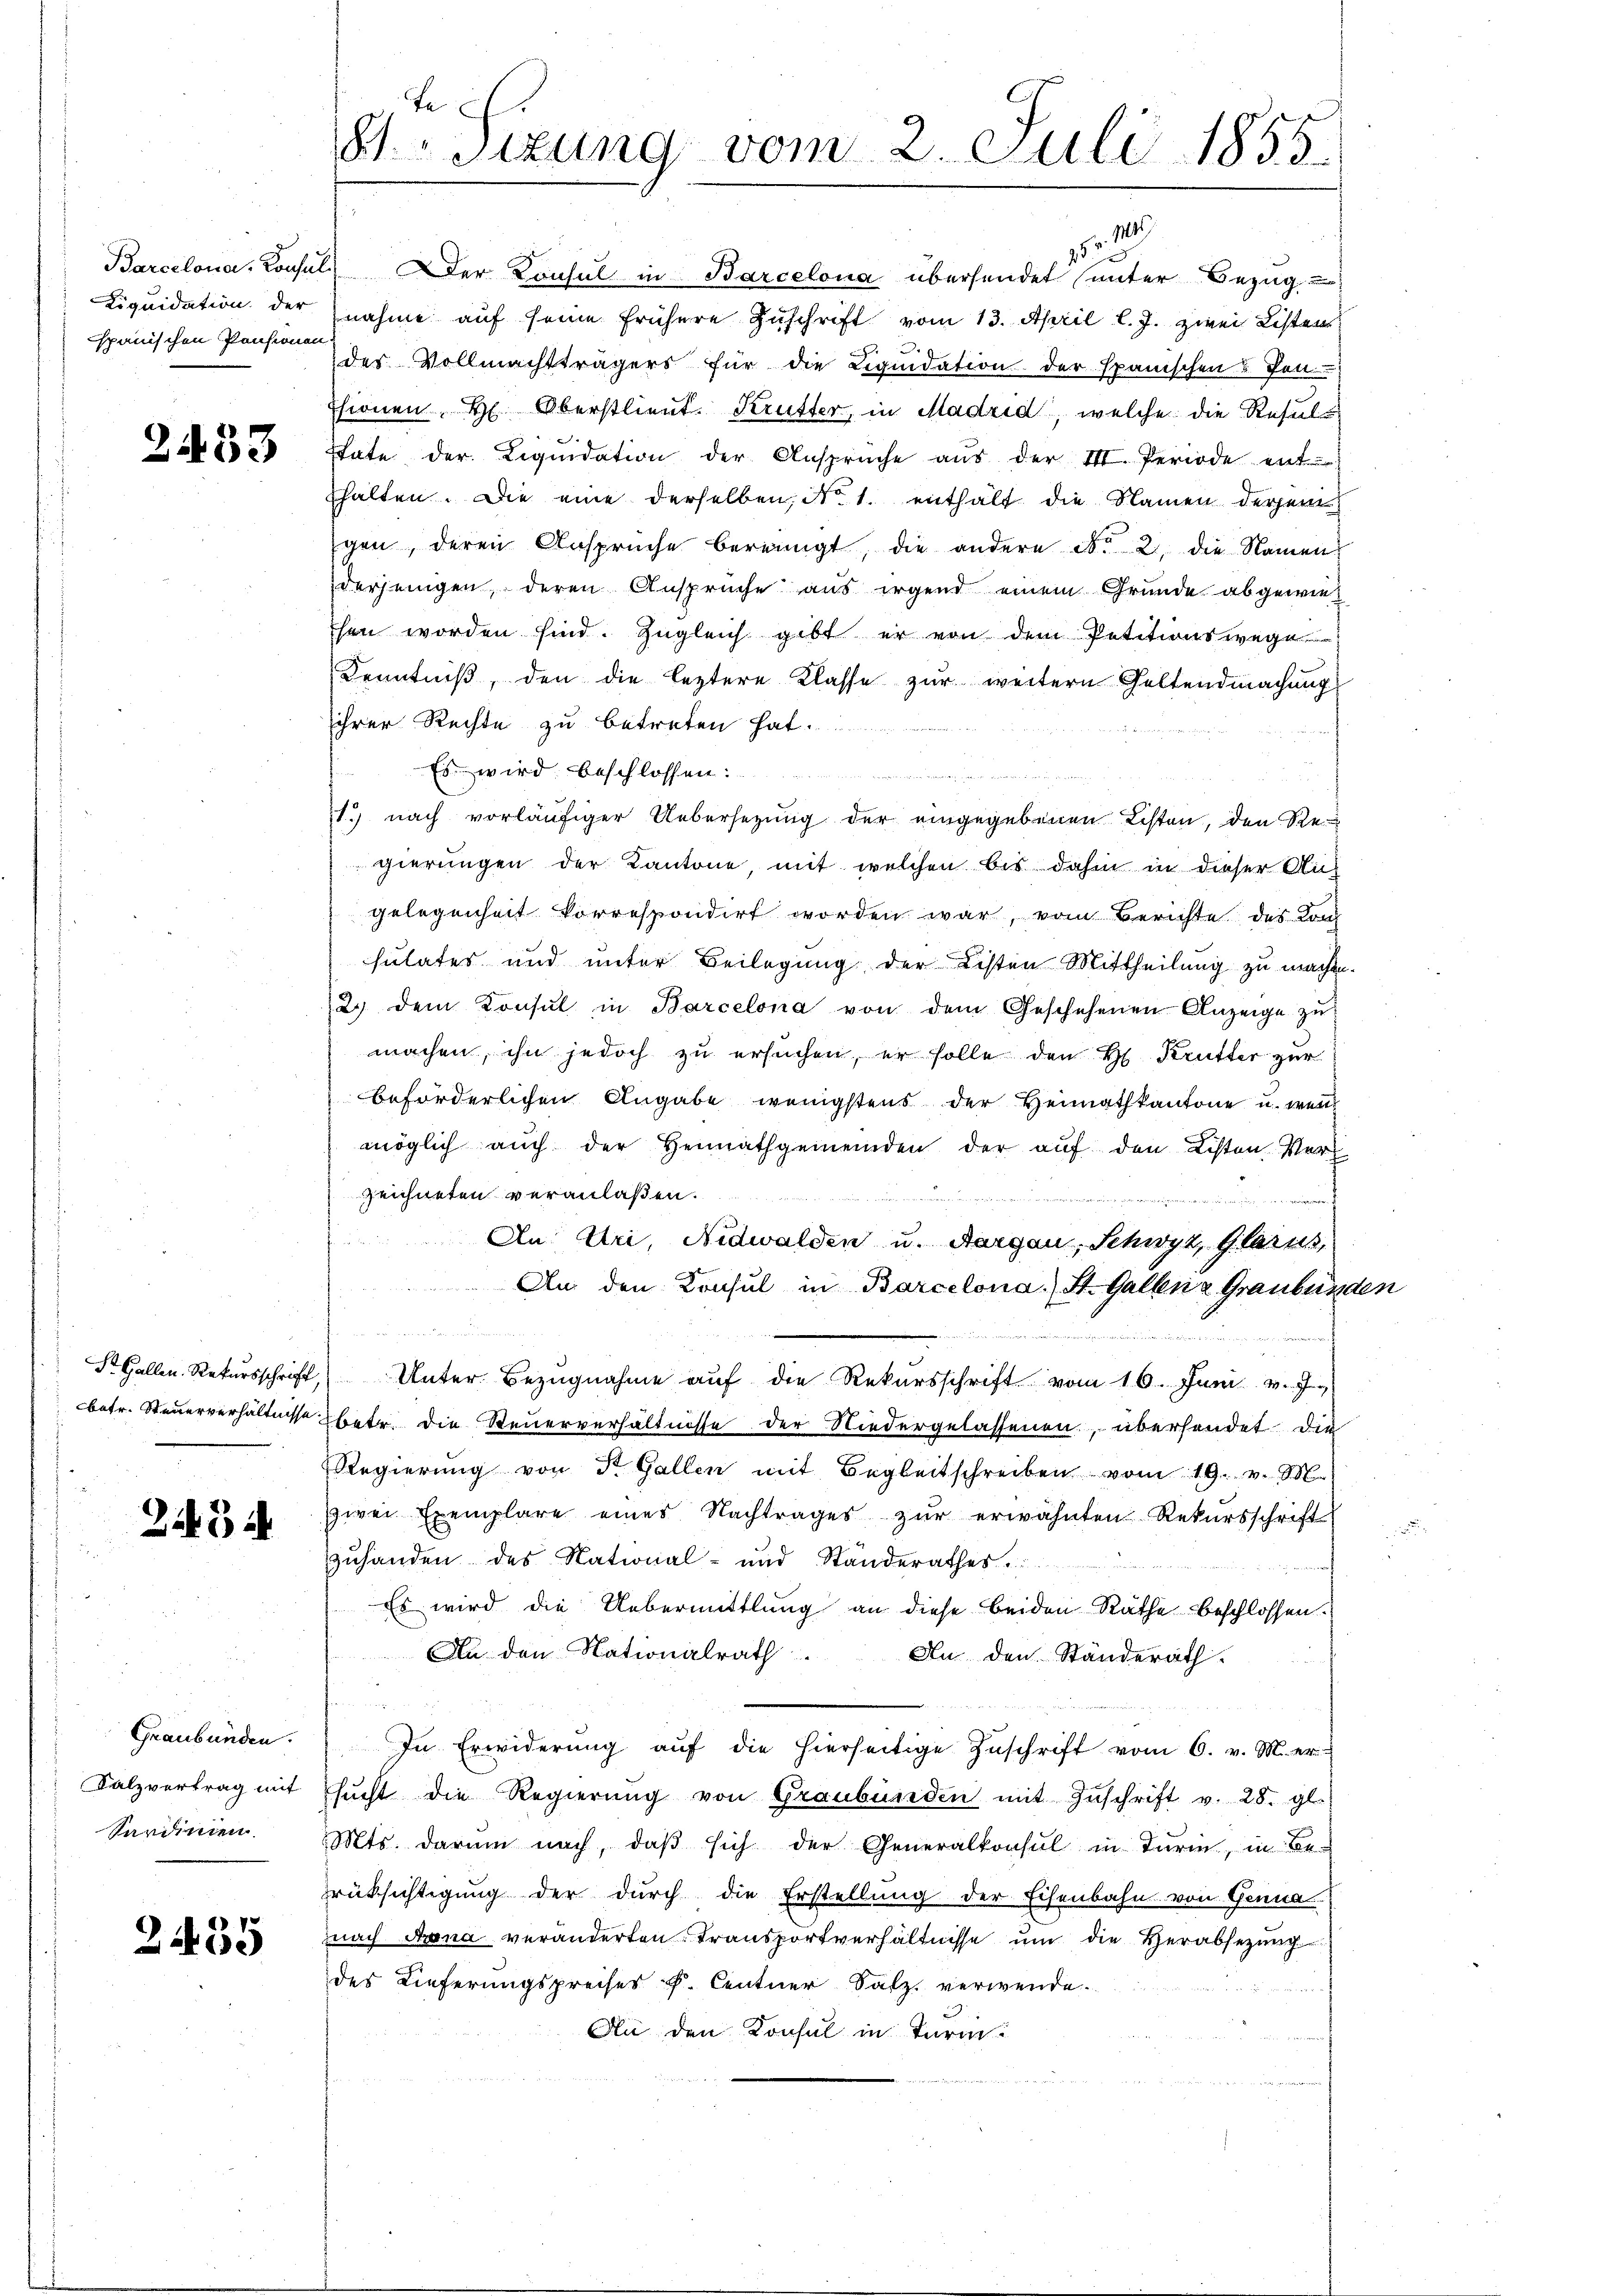
spanischen Pensionen

2453

2434

Graubünden.
Sardinien.

2435

Barcelona, Consul er Konsul in Barcelona übersendet unter Bezug
Liquidation der nahme auf seine frühere Zuschrift vom 13. April l. J. zwei Listen
des Vollmachtträgers für die Liquidation der spanischen u Pont
Esionen H. Oberstlieut. Krutter, in Madrid, welche die Result
Etate der Liqŭidation der Ansprüche aŭs der III. Periode ent
thalten. Die eine derselben, No. 1. enthält die Namen derjenigen, deren Ansprüche bereinigt, die andere No 2. die Namen
derjenigen, deren Ansprüche aus irgend einem Grunde abgewie¬
Ehen worden sind. Zugleich gibt er von dem Petitionswege
Kenntniß, den die leztere Klasse zur weitern Geltendmachung
ihrer Rechte zu betreten hat.
Es wird beschlossen:
u
1.) nach vorläufiger Uebersezung der eingegebenen Listen, den Rei
gierungen der Kantone mit welchen bis dahin in dieser An-
gelegenheit korrespondirt worden war, vom Berichte des Kon
sulates und unter Beilegung der Listen Mittheilung zu machen.
2.) dem Konsul in Barcelona von dem Geschehenen Anzeige zŭ
machen, ihn jedoch zu ersuchen, er solle den H. Krutter zur
beförderlichen Angabe wenigstens der Heimathkantone u. wen
möglich auch der Heimathgemeinden der auf den Listen Verzeichneten veranlaßen.

An Uri, Nidwalden u. Aargau, Schwyz, Glarus,
An den Konsul in Barcelona. St. Gallenz Graubünden
nd
StGallen Rekursschrift Unter Bezugnahme auf die Rekursschrift vom 16. Juni v. J.
betr. Steuerverhältnisse betr. die Steuerverhältnisse der Niedergelassenen, übersendet, die
Regierŭng von Dr. Gallen mit Begleitschreiben vom 19. v. M.
zwei Exemplare eines Nachtrages zur erwähnten Rekursschrift
zuhanden des National- und Ständerathes
Es wird die Uebermittlung an diese beiden Räthe beschlossen.
An den Nationalrath. An den Ständerath.
i
In Erwiderŭng aŭf die hierseitige Zŭschrift vom 6. v. M. er-
Salzvertrag mit Esŭcht die Regierŭng von Graubünden mit Zŭschrift v. 28. gl.
Mts. darum nach, daß sich der Generalkonsul in Turin, in Be-
rüksichtigung der durch die Erstellung der Eisenbahn von Genua
nach Arena veränderten Transportverhältnisse um die Herabsezung
des Lieferungspreises P. Centner Salz verwende.
An den Konsul in Turm

Je
8 Sitzung vom 2. Juli 1855.

pr. 10